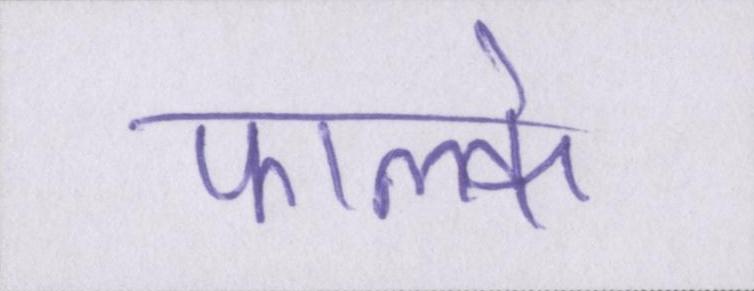
फाल्के